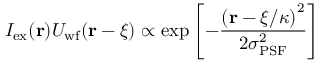
I _ { \mathrm { e x } } ( \mathbf { r } ) U _ { \mathrm { w f } } ( \mathbf { r } - \boldsymbol { \xi } ) \propto \exp \left[ - \frac { \left( \mathbf { r } - \boldsymbol { \xi } / \kappa \right) ^ { 2 } } { 2 \sigma _ { \mathrm { P S F } } ^ { 2 } } \right]